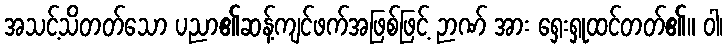
အသင့်သိတတ်သော ပညာ၏ဆန့်ကျင်ဖက်အဖြစ်ဖြင့် ဉာဏ် အား ရှေးရှုထင်တတ်၏။ ဝါ၊